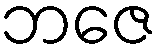
ဘဇေ